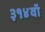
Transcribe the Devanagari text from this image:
३१४वॉ